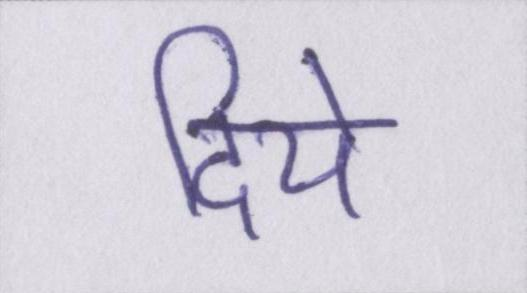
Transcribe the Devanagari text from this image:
दिये